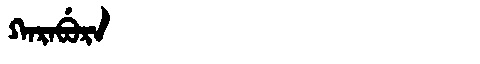
Manchu: ᡴᠠᡵᠠᠪᡠᡵᠠ
Romanization: KARABURA